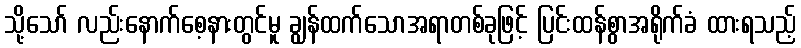
သို့သော် လည်းနောက်စေ့နားတွင်မူ ချွန်ထက်သောအရာတစ်ခုဖြင့် ပြင်းထန်စွာအရိုက်ခံ ထားရသည့်